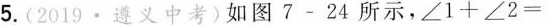
5.(2019·遵义中考)如图7-24所示，$$∠ 1 + ∠ 2 =